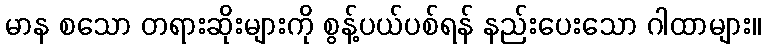
မာန စသော တရားဆိုးများကို စွန့်ပယ်ပစ်ရန် နည်းပေးသော ဂါထာများ။